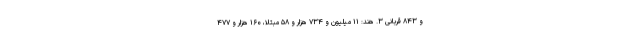
و ۸۴۳ قربانی ۳. هند: ۱۱ میلیون و ۷۳۴ هزار و ۵۸ مبتلا، ۱۶۰ هزار و ۴۷۷